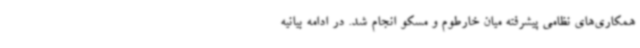
همکاری‌های نظامی پیشرفته میان خارطوم و مسکو انجام شد. در ادامه بیانیه